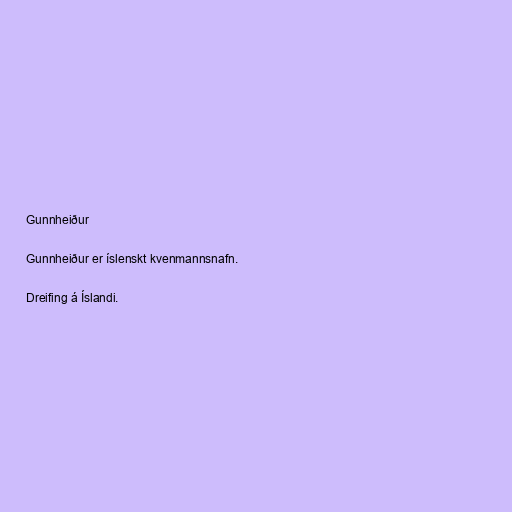
Gunnheiður

Gunnheiður er íslenskt kvenmannsnafn.

Dreifing á Íslandi.